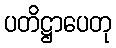
ပတိဋ္ဌာပေတု